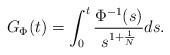
LaTeX: \begin{align*} G_{\Phi}(t) = \int_{0}^{t}\frac{\Phi^{-1}(s)}{s^{1+\frac{1}{N}}}ds. \end{align*}